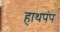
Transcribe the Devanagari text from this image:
हाथपंप